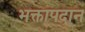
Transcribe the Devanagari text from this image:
भक्तापदान